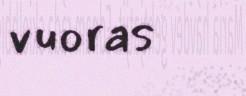
vuoras